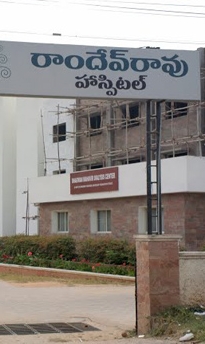
Language: telugu
Transcription: హాస్పిటల్